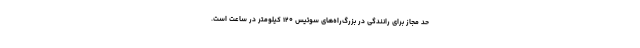
حد مجاز برای رانندگی در بزرگ‌راه‌های سوئيس ۱۲۰ کیلومتر در ساعت است.